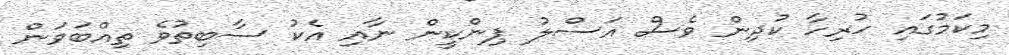
މިކަމުގައި ހުރިހާ ކުދިން ވެސް އަސްލު ޕިންކީން ނާއި އެކު ސާބިތުވެ ތިއްބަވަން